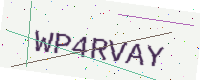
Text: WP4RVAY